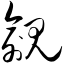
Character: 觎